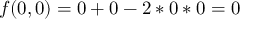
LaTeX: f ( 0 , 0 ) = 0 + 0 - 2 * 0 * 0 = 0